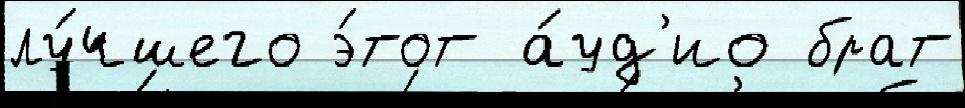
лу́чшего э́тот а́уд'ио брат